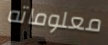
معلوماته